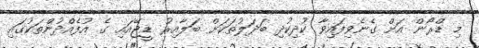
މި ޑްރޯން އަށް ގެނެވިފައިވާ ކުދިކުދި ބަދަލުތަކަށް ބަލާއިރު ޑީޖޭއައި ގެ އުފެއްދުންތަކުގައި